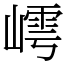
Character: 嶀